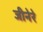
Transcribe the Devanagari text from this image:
जीनेरे